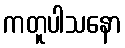
ကတူပါသနော